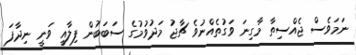
ނަމަވެސް ޖެއްސިތާ މާގިނަ ވަގުތެއްނުވެ ޗާޖު މަދުވުމުގެ ސަބަބުން ފިލާއީ ވަނީ ނިދާފަ